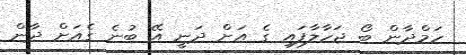
ހަމްދާން ބޯ ޖަހާލާފައި ގެ އަށް ދަނީ އޭ ބުނެ ގެއަށް ދާން